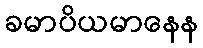
ခမာပိယမာနေန